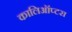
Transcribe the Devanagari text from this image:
कालिऑप्टरा